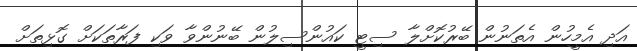
އަދި އެމީހުން އެތަނުން ބޭރުކޮށްލާ ސިޓީ ކައުންސިލުން ބޭނުންވާ ވަކި ފަރާތަކަށް ގޮޅިތަށް